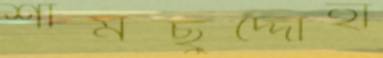
শামছুদ্দোহা